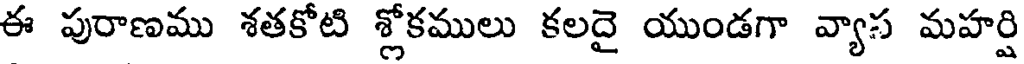
ఈ పురాణము శతకోటి శ్లోకములు కలదై యుండగా వ్యాస మహర్షి